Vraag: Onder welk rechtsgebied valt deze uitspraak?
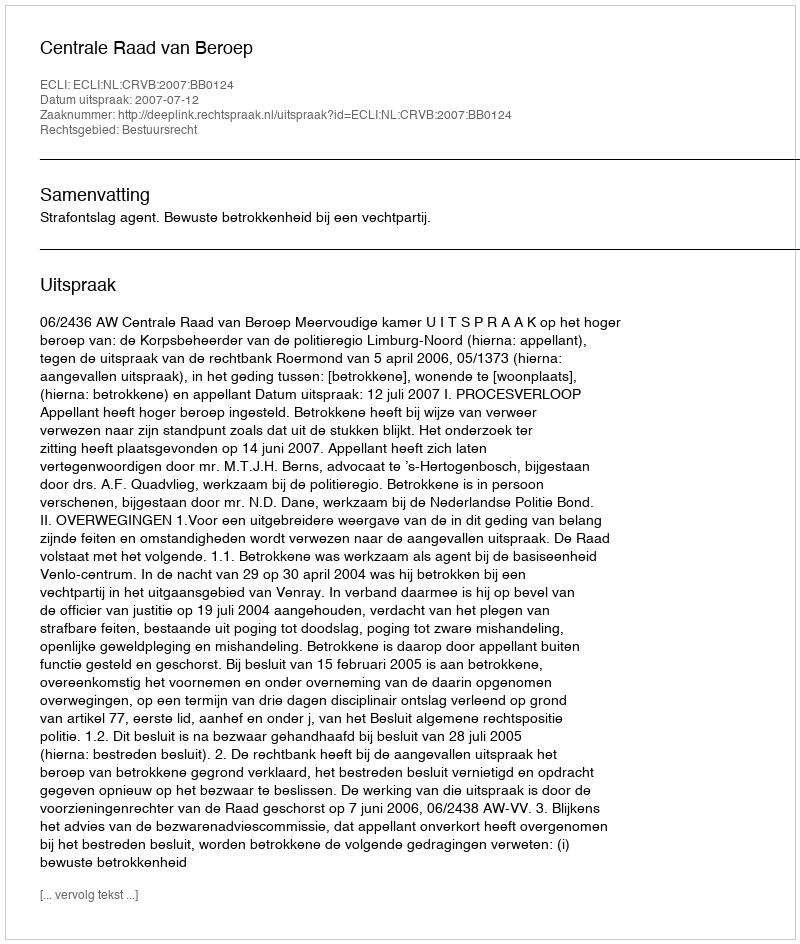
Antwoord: Bestuursrecht